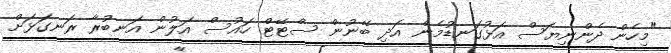
"މިހެން ދެންނިޔަސް އަޅުގަނޑުމެން އަދި ބޭނުން ސްޓޭޓް ހައުސް އަލުން އަނބުރާ ރަނގަޅަށް